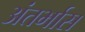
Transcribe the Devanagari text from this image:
अंतर्भास